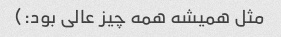
مثل همیشه همه چیز عالی بود:)